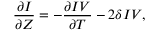
\frac { \partial I } { \partial Z } = - \frac { \partial I V } { \partial T } - 2 \delta I V ,